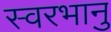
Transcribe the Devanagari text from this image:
स्वरभानु